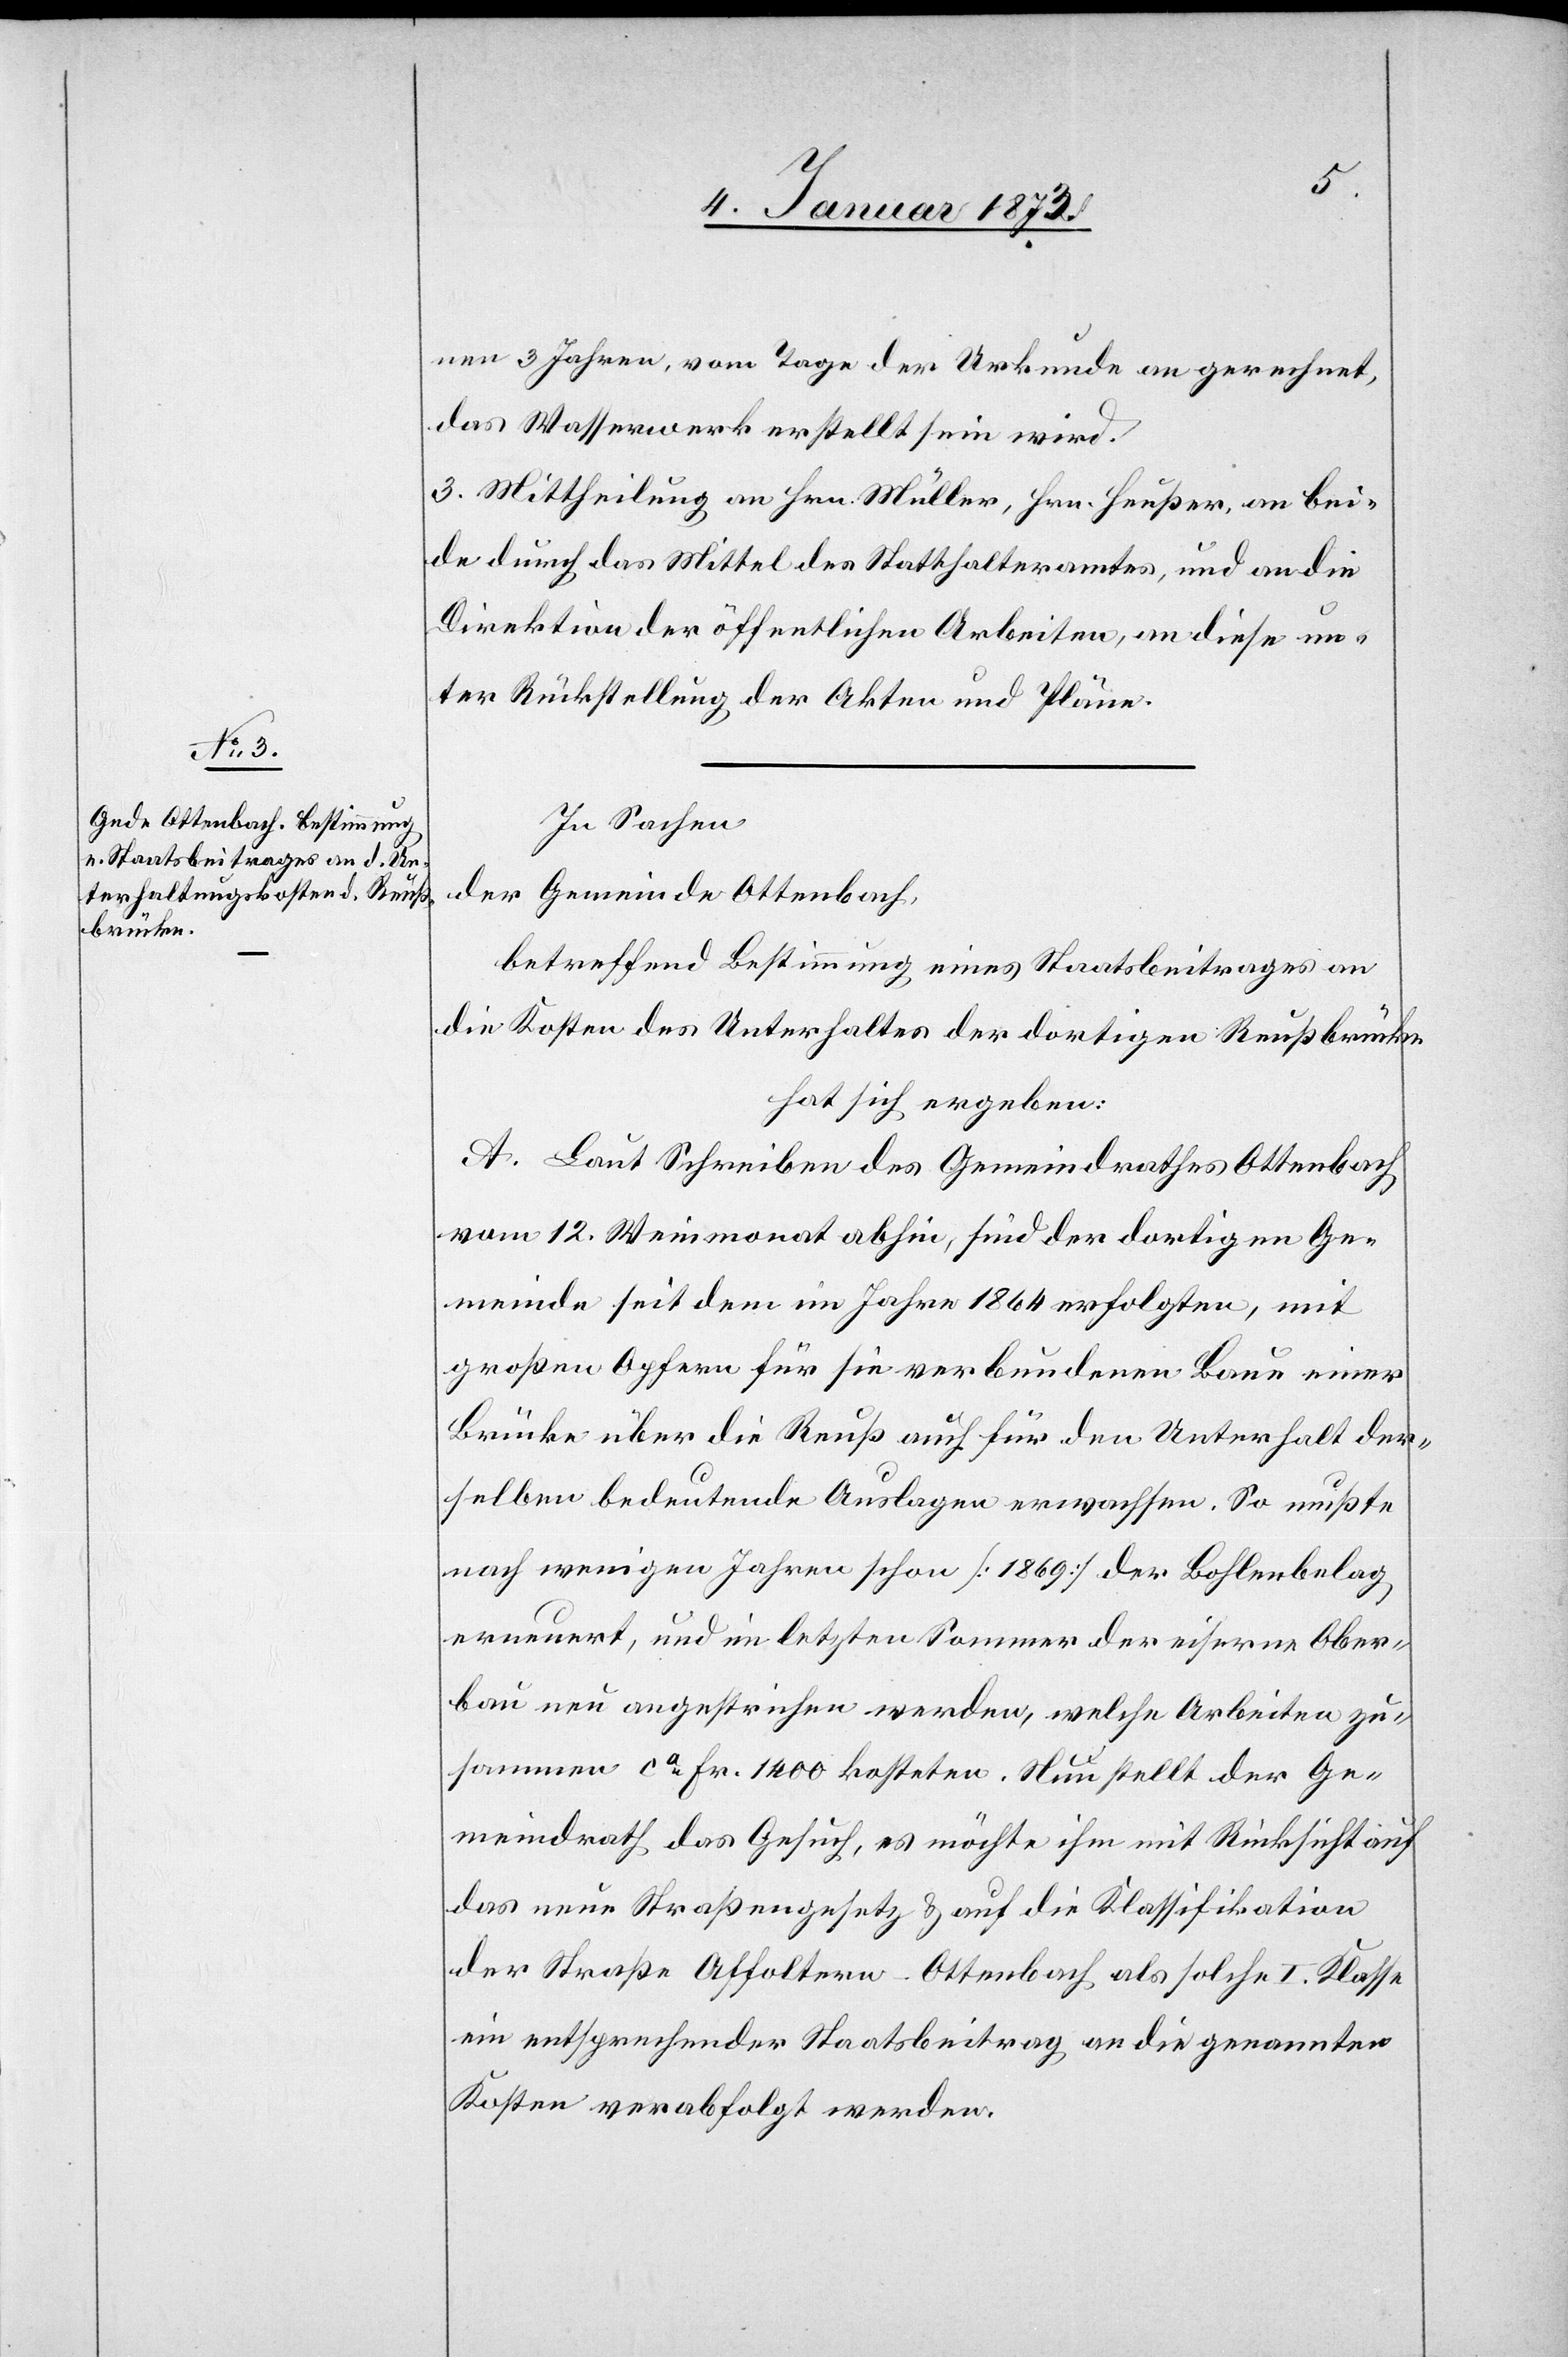
nen 3 Jahren, vom Tage der Urkunde an gerechnet,
das Wasserwerk erstellt sein wird.
Mittheilung an Hrn. Müller, Hrn. Heußer, an bei¬
de durch das Mittel des Statthalteramtes, und an die
Direktion der öffentlichen Arbeiten, an diese un¬
ter Rückstellung der Akten und Pläne.